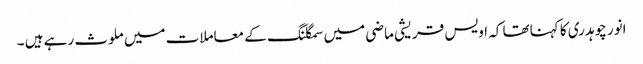
انور چوہدری کا کہناتھا کہ اویس قریشی ماضی میں سمگلنگ کے معاملات میں ملوث رہے ہیں ۔